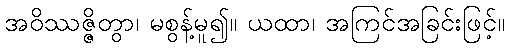
အဝိဿဇ္ဇိတွာ၊ မစွန့်မူ၍။ ယထာ၊ အကြင်အခြင်းဖြင့်။